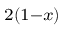
_ { 2 ( 1 - x ) }